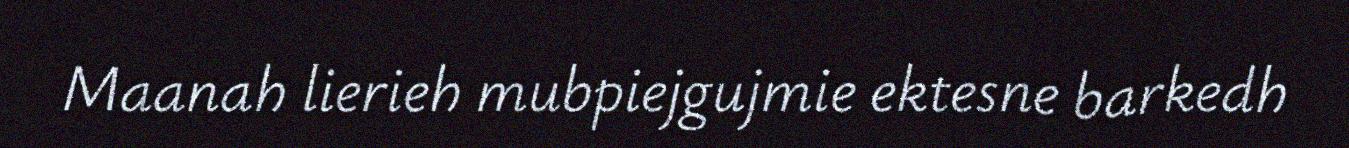
Maanah lierieh mubpiejgujmie ektesne barkedh